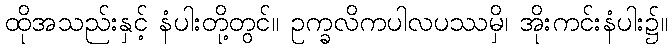
ထိုအသည်းနှင့် နံပါးတို့တွင်။ ဥက္ခလိကပါလပဿမှိ၊ အိုးကင်းနံပါး၌။